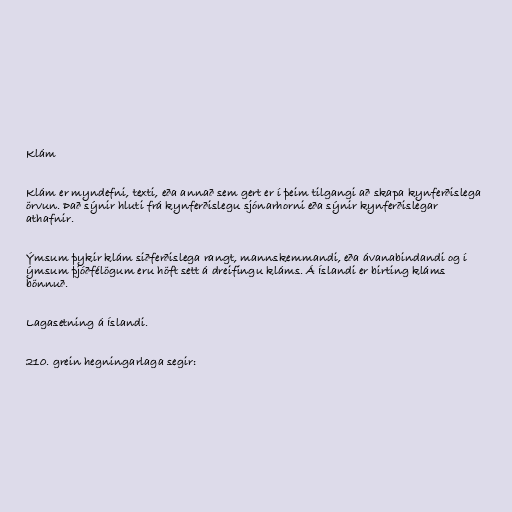
Klám

Klám er myndefni, texti, eða annað sem gert er í þeim tilgangi að skapa kynferðislega
örvun. Það sýnir hluti frá kynferðislegu sjónarhorni eða sýnir kynferðislegar
athafnir.

Ýmsum þykir klám siðferðislega rangt, mannskemmandi, eða ávanabindandi og í
ýmsum þjóðfélögum eru höft sett á dreifingu kláms. Á Íslandi er birting kláms
bönnuð.

Lagasetning á Íslandi.

210. grein hegningarlaga segir: